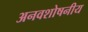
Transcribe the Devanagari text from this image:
अनवशोषनीय